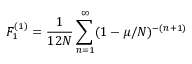
F _ { 1 } ^ { ( 1 ) } = { \frac { 1 } { 1 2 N } } \sum _ { n = 1 } ^ { \infty } ( 1 - \mu / N ) ^ { - ( n + 1 ) }